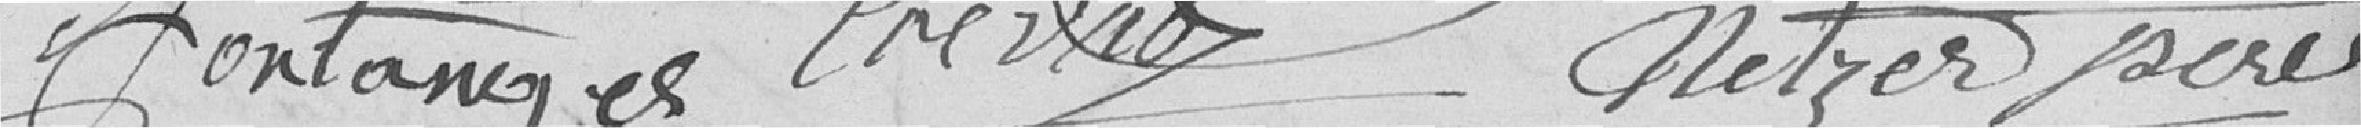
Jontanges Prevaux Netzer pere